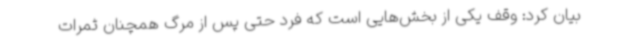
بیان کرد: وقف یکی از بخش‌هایی است که فرد حتی پس از مرگ همچنان ثمرات